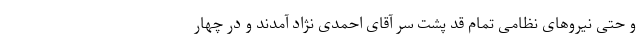
و حتی نیروهای نظامی تمام قد پشت سر آقای احمدی نژاد آمدند و در چهار